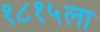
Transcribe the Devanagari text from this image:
१८१५ला